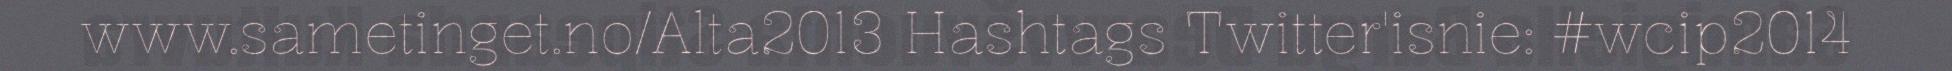
www.sametinget.no/Alta2013 Hashtags Twitter'isnie: #wcip2014